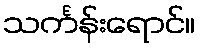
သင်္ကန်းရောင်။